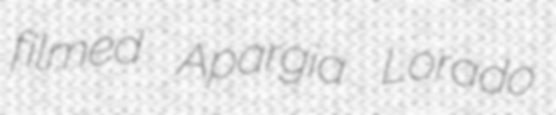
filmed Apargia Lorado